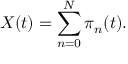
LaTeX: X ( t ) = \sum _ { n = 0 } ^ { N } \pi _ { n } ( t ) .